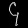
Digit: ၄